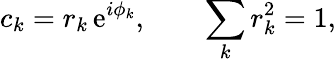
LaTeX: c_{{k}}=r_{k}\, \mathrm{e}^{i\phi_{k}},\qquad\sum_{k}r_{k}^{2}=1,